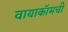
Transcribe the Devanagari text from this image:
वायाकॉमची